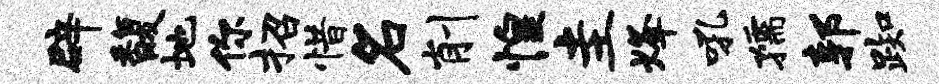
辟馥地你招惜名削惶圭烽吼孺郭踟